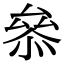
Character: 叅